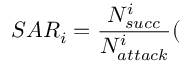
S A R _ { i } = \frac { N _ { s u c c } ^ { i } } { N _ { a t t a c k } ^ { i } } ( \